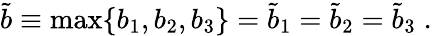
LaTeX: \tilde{b}\equiv\mathrm{max}\{ b_{1},b_{2},b_{3}\} =\tilde{b}_{1}=\tilde{b}_{2}=\tilde{b}_{3}\; .